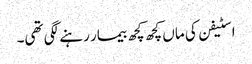
اسٹیفن کی ماں کچھ کچھ بیمار رہنے لگی تھی۔